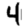
Digit: 4